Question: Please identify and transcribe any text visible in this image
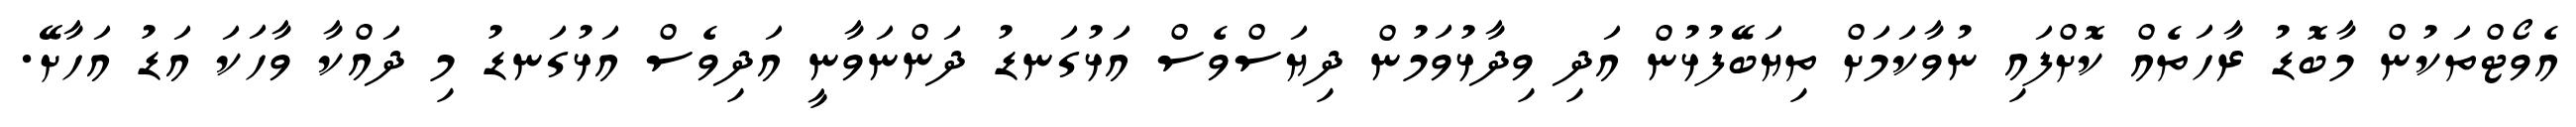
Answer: އެވޯޓްތަކުން މާބޮޑު ރާހަތެއް ކޮށްފައި ނުވާކަމަށް ތިޔަބޭފުޅުން އަދި ވިދާޅުވަމުން ދިޔަސްވެސް އަޅުގަނޑު ދަންނަވާނީ އަދިވެސް އަޅުގަނޑު މި ދައްކާ ވާހަކަ އަޑު އަހާށޭ.